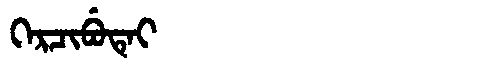
Manchu: ᡴᡝᡵᠴᡳᠪᡠᡨᡝᡳ
Romanization: KERCIBUTEI